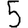
Digit: 5